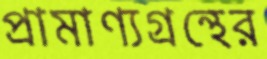
প্রামাণ্যগ্রন্থের